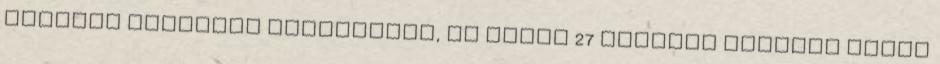
cirkáló Gyengébb páncélzatú, de gyors 27 Cirkáló Nagyobb gyors